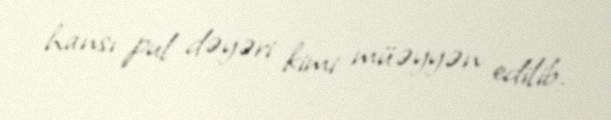
hansı pul dəyəri kimi müəyyən edilib.